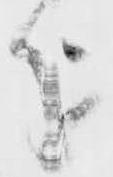
を